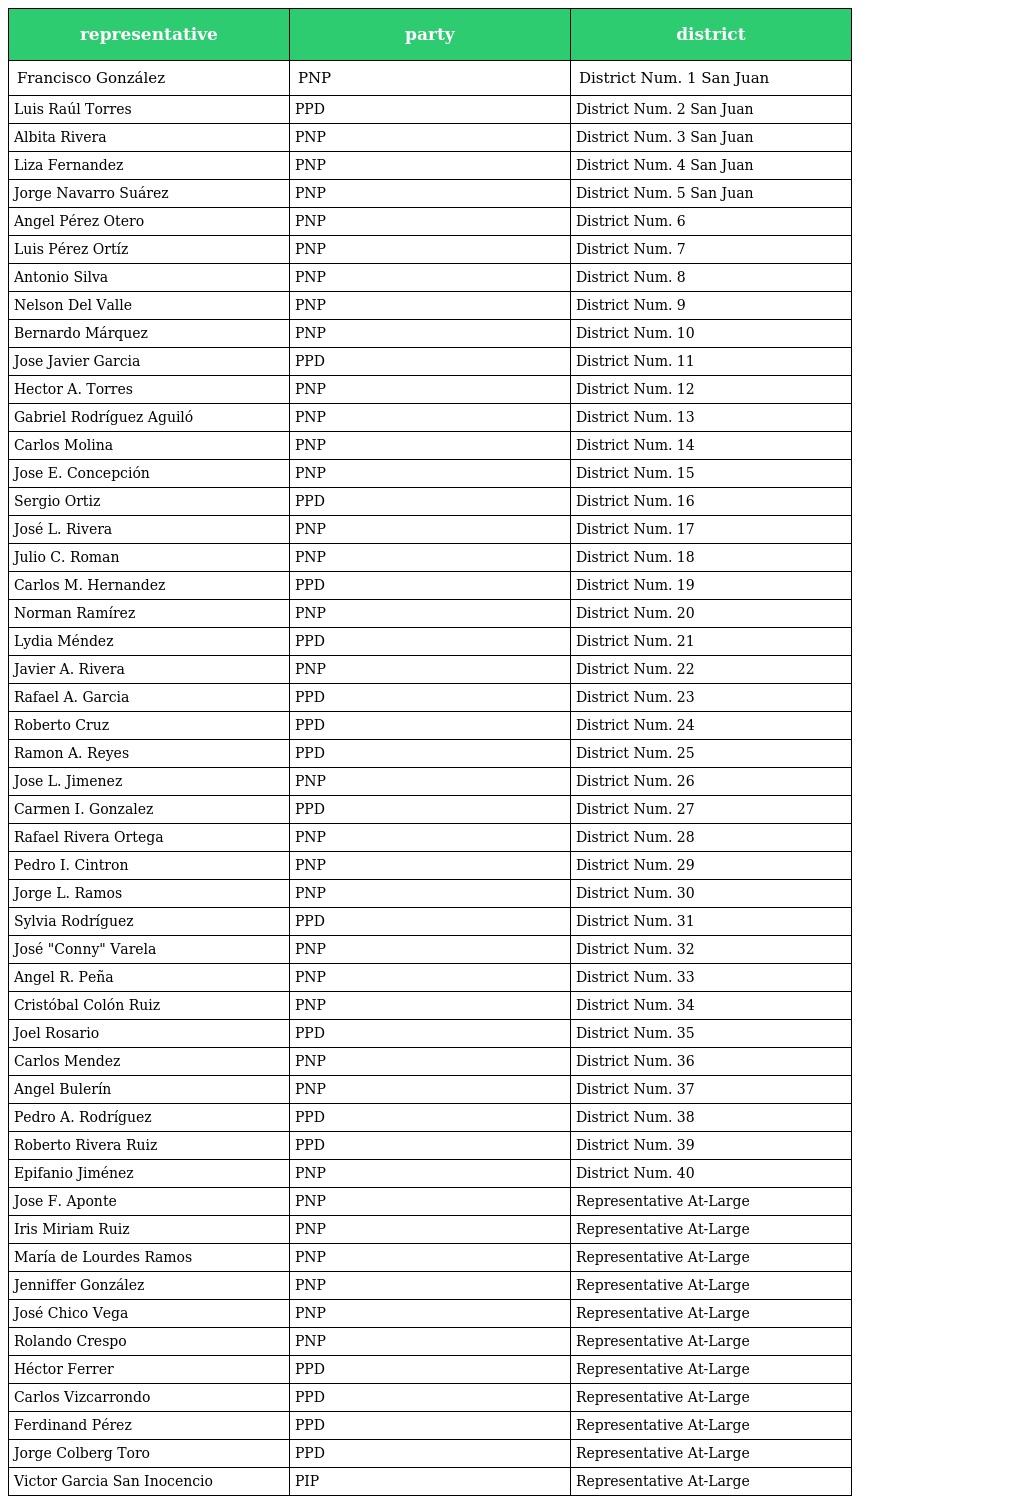
| representative | party | district |
 | --- | --- | --- |
 | Francisco González | PNP | District Num. 1 San Juan |
 | Luis Raúl Torres | PPD | District Num. 2 San Juan |
 | Albita Rivera | PNP | District Num. 3 San Juan |
 | Liza Fernandez | PNP | District Num. 4 San Juan |
 | Jorge Navarro Suárez | PNP | District Num. 5 San Juan |
 | Angel Pérez Otero | PNP | District Num. 6 |
 | Luis Pérez Ortíz | PNP | District Num. 7 |
 | Antonio Silva | PNP | District Num. 8 |
 | Nelson Del Valle | PNP | District Num. 9 |
 | Bernardo Márquez | PNP | District Num. 10 |
 | Jose Javier Garcia | PPD | District Num. 11 |
 | Hector A. Torres | PNP | District Num. 12 |
 | Gabriel Rodríguez Aguiló | PNP | District Num. 13 |
 | Carlos Molina | PNP | District Num. 14 |
 | Jose E. Concepción | PNP | District Num. 15 |
 | Sergio Ortiz | PPD | District Num. 16 |
 | José L. Rivera | PNP | District Num. 17 |
 | Julio C. Roman | PNP | District Num. 18 |
 | Carlos M. Hernandez | PPD | District Num. 19 |
 | Norman Ramírez | PNP | District Num. 20 |
 | Lydia Méndez | PPD | District Num. 21 |
 | Javier A. Rivera | PNP | District Num. 22 |
 | Rafael A. Garcia | PPD | District Num. 23 |
 | Roberto Cruz | PPD | District Num. 24 |
 | Ramon A. Reyes | PPD | District Num. 25 |
 | Jose L. Jimenez | PNP | District Num. 26 |
 | Carmen I. Gonzalez | PPD | District Num. 27 |
 | Rafael Rivera Ortega | PNP | District Num. 28 |
 | Pedro I. Cintron | PNP | District Num. 29 |
 | Jorge L. Ramos | PNP | District Num. 30 |
 | Sylvia Rodríguez | PPD | District Num. 31 |
 | José "Conny" Varela | PNP | District Num. 32 |
 | Angel R. Peña | PNP | District Num. 33 |
 | Cristóbal Colón Ruiz | PNP | District Num. 34 |
 | Joel Rosario | PPD | District Num. 35 |
 | Carlos Mendez | PNP | District Num. 36 |
 | Angel Bulerín | PNP | District Num. 37 |
 | Pedro A. Rodríguez | PPD | District Num. 38 |
 | Roberto Rivera Ruiz | PPD | District Num. 39 |
 | Epifanio Jiménez | PNP | District Num. 40 |
 | Jose F. Aponte | PNP | Representative At-Large |
 | Iris Miriam Ruiz | PNP | Representative At-Large |
 | María de Lourdes Ramos | PNP | Representative At-Large |
 | Jenniffer González | PNP | Representative At-Large |
 | José Chico Vega | PNP | Representative At-Large |
 | Rolando Crespo | PNP | Representative At-Large |
 | Héctor Ferrer | PPD | Representative At-Large |
 | Carlos Vizcarrondo | PPD | Representative At-Large |
 | Ferdinand Pérez | PPD | Representative At-Large |
 | Jorge Colberg Toro | PPD | Representative At-Large |
 | Victor Garcia San Inocencio | PIP | Representative At-Large |